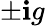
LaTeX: \pm\mathbf{i}g